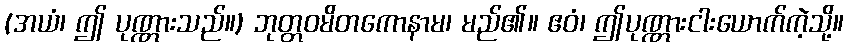
(အယံ၊ ဤ ပုဏ္ဏားသည်။) ဘုတ္တဝမိတကောနာမ၊ မည်၏။ ဧဝံ၊ ဤပုဏ္ဏားငါးယောက်ကဲ့သို့။